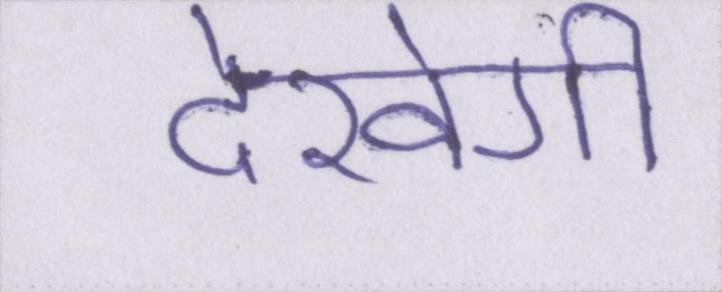
देखेगी